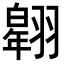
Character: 𦒌